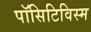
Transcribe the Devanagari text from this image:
पॉसिटिविस्म